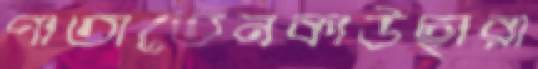
পাতাতেনকাউছারা